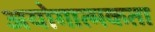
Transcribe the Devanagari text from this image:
अयोगात्मकता